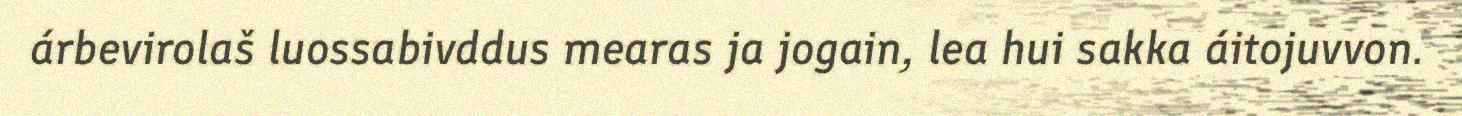
árbevirolaš luossabivddus mearas ja jogain, lea hui sakka áitojuvvon.